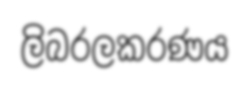
ලිබරලකරණය